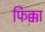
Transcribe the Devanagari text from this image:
फिक्का